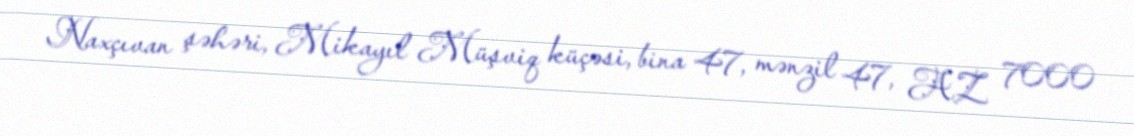
Naxçıvan şəhəri, Mikayıl Müşviq küçəsi, bina 47, mənzil 47, AZ 7000